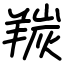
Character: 羰